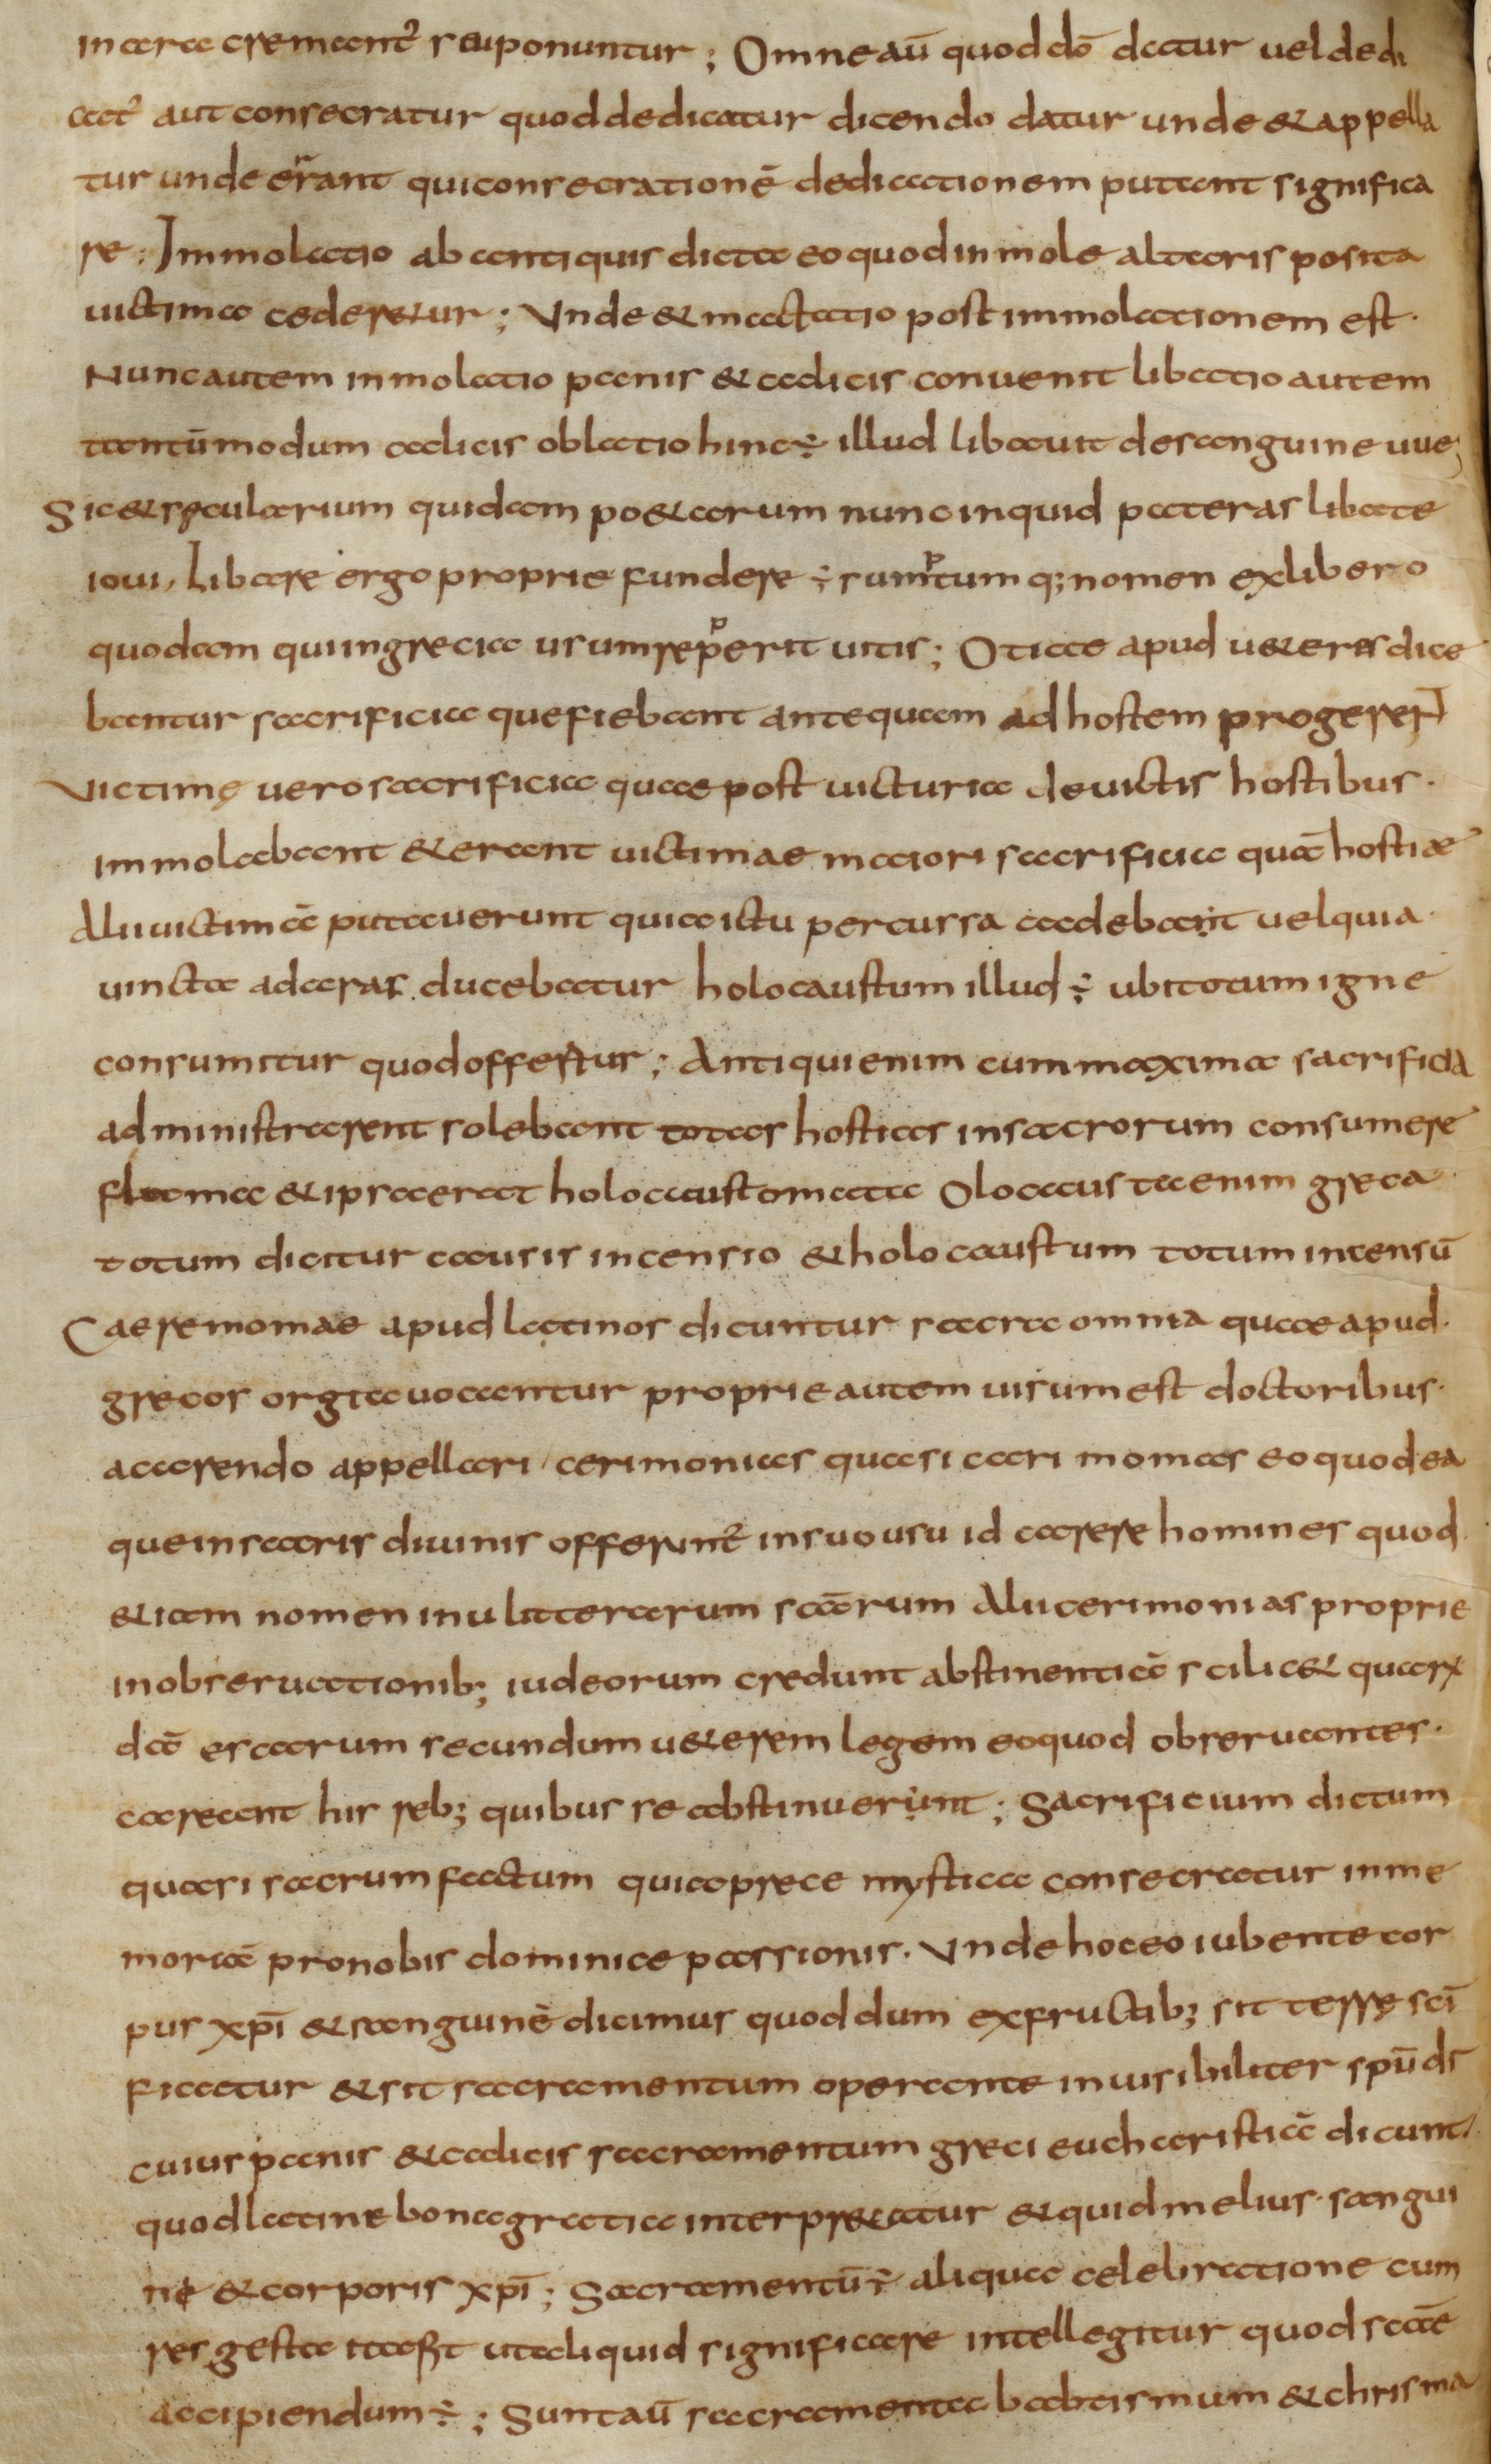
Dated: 800–824